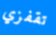
تقفزي